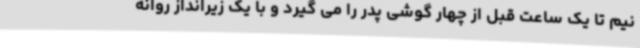
نیم تا یک ساعت قبل از چهار گوشی پدر را می گیرد و با یک زیرانداز روانه